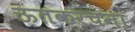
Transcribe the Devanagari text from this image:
ऊतकरचना